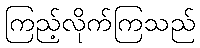
ကြည့်လိုက်ကြသည်